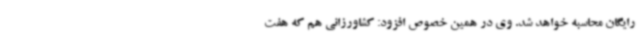
رایگان محاسبه خواهد شد. وی در همین خصوص افزود: کشاورزانی هم که هفت